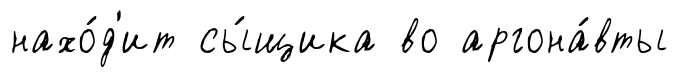
нахо́д'ит сы́щика во аргона́вты